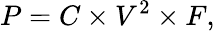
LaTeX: P=C\times V^{2}\times F,